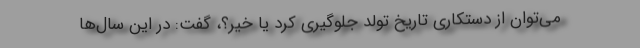
می‌توان از دستکاری تاریخ تولد جلوگیری کرد یا خیر؟، گفت: در این سال‌ها